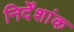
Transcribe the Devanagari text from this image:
निर्देंशांक